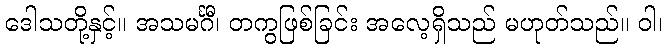
ဒေါသတို့နှင့်။ အသမင်္ဂီ၊ တကွဖြစ်ခြင်း အလေ့ရှိသည် မဟုတ်သည်။ ဝါ၊